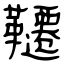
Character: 韆